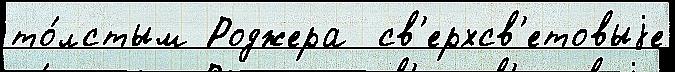
то́лстым Роджера  св'ерхсв'етовыjе